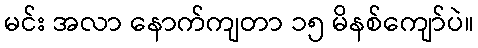
မင်း အလာ နောက်ကျတာ ၁၅ မိနစ်ကျော်ပဲ။